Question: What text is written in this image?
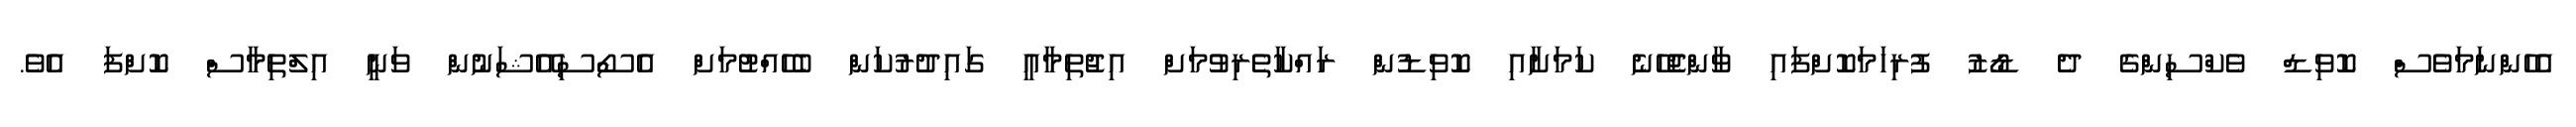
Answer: އެހެންނަމަވެސް ކޮވިޑް ވެކްސިންގެ ދެ ޑޯޒު ފުރިހަމަކޮށްފައި ވާންޖެހޭނެ ކަމަށާއި ކޮވިޑުން ރައްކާތެރިވުމަށް އިޖުތިމާއީ ގައިދުރުކަން ބެހެއްޓުމަށް އެސޯސިއޭޝަނުން ވަނީ އިލްތިމާސް ކޮށްފަ އެވެ.